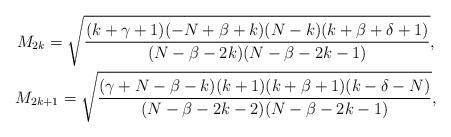
LaTeX: \begin{gather*} M_{2k} = \sqrt{ \frac{(k+\gamma+1)(-N+\beta+k)(N-k)(k+\beta+\delta+1)}{(N-\beta-2k)(N-\beta-2k-1) }},\\ M_{2k+1} = \sqrt{ \frac{(\gamma+N-\beta-k)(k+1)(k+\beta+1)(k-\delta-N) }{(N-\beta-2k-2)(N-\beta-2k-1) }},\end{gather*}